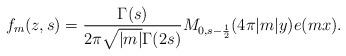
LaTeX: \begin{align*}f_m(z,s) = \frac{\Gamma(s)}{2\pi\sqrt{|m|}\Gamma(2s)} M_{0,s-\frac 12}(4\pi|m|y) e(mx).\end{align*}